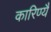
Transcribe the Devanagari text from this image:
कारिण्यै